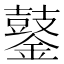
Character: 䥢